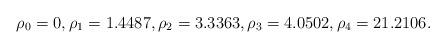
LaTeX: \begin{align*}\rho_0=0, \rho_1=1.4487, \rho_2=3.3363, \rho_3=4.0502,\rho_4=21.2106.\end{align*}